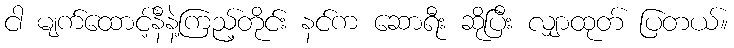
ငါ မျက်ထောင့်နီနဲ့ကြည့်တိုင်း နင်က ဆောရီး ဆိုပြီး လျှာထုတ် ပြတယ်။